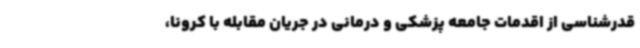
قدرشناسی از اقدمات جامعه پزشکی و درمانی در جریان مقابله با کرونا،